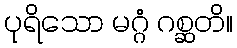
ပုရိသော မဂ္ဂံ ဂစ္ဆတိ။